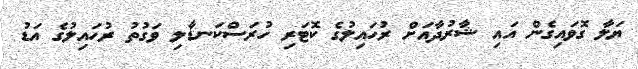
ޔަލާ ގޮވައިގެން އައި ޝާރުދާއަށް ރުހައިލުގެ ކޮޓަރި ހުރަސްކަނޑާލި ވަގުތު ރުހައިލުގެ އަޑު